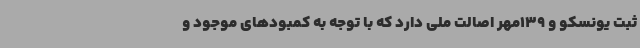
ثبت یونسکو و 139مهر اصالت ملی دارد که با توجه به کمبودهای موجود و